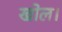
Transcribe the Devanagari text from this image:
खोल।